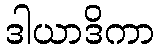
ဒါယာဒိကာ